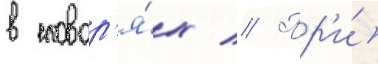
в словар'я́х // Пр'и́